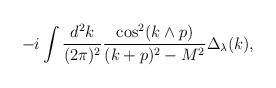
\begin{align*}-i\int \frac{d^2 k}{(2\pi)^2} \frac{\cos^2 (k\wedge p)}{(k+p)^2-M^2}\Delta_\lambda(k),\end{align*}